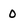
Character: 0